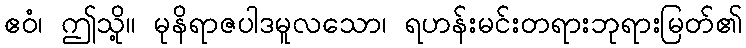
ဧဝံ၊ ဤသို့။ မုနိရာဇပါဒမူလသော၊ ရဟန်းမင်းတရားဘုရားမြတ်၏